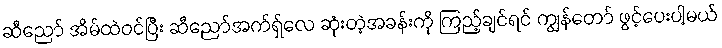
ဆီညော် အိမ်ထဲဝင်ပြီး ဆီညော်အက်ရှ်လေ ဆုံးတဲ့အခန်းကို ကြည့်ချင်ရင် ကျွန်တော် ဖွင့်ပေးပါ့မယ်